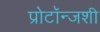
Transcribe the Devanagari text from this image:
प्रोटॉन्जशी